Calcutta medical institutions reports 1879-81 [i.e.91]
Year: 1879
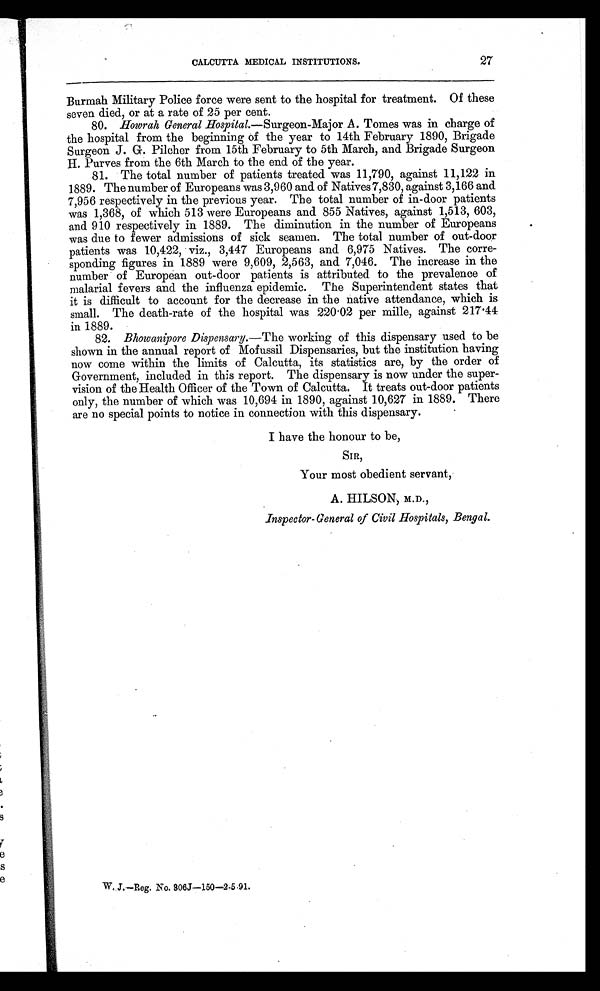
CALCUTTA MEDICAL INSTITUTIONS.
27
Burmah Military Police force were sent to the hospital for treatment. Of these
seven died, or at a rate of 25 per cent.
80. Howrah General Hospital .—Surgeon-Major A. Tomes was in charge of
the hospital from the beginning of the year to 14th February 1890, Brigade
Surgeon J. G. Pilcher from 15th February to 5th March, and Brigade Surgeon
H. Purves from the 6th March to the end of the year.
81. The total number of patients treated was 11,790, against 11,122 in
1889. The number of Europeans was 3,960 and of Natives 7,830, against 3,166 and
7,956 respectively in the previous year. The total number of in-door patients
was 1,368, of which 513 were Europeans and 855 Natives, against 1,513, 603,
and 910 respectively in 1889. The diminution in the number of Europeans
was due to fewer admissions of sick seamen. The total number of out-door
patients was 10,422, viz., 3,447 Europeans and 6,975 Natives. The corre-
sponding figures in 1889 were 9,609, 2,563, and 7,046. The increase in the
number of European out-door patients is attributed to the prevalence of
malarial fevers and the influenza epidemic. The Superintendent states that
it is difficult to account for the decrease in the native attendance, which is
small. The death-rate of the hospital was 220 .02 per mille, against 217.44
in 1889.
82. Bhowanipore Dispensary.—The working of this dispensary used to be
shown in the annual report of Mofussil Dispensaries, but the institution having
now come within the limits of Calcutta, its statistics are, by the order of
Government, included in this report. The dispensary is now under the super-
vision of the Health Officer of the Town of Calcutta. It treats out-door patients
only, the number of which was 10,694 in 1890, against 10,627 in 1889. There
are no special points to notice in connection with this dispensary.
I have the honour to be,
SIR,
Your most obedient servant,
A. HILSON) M.D.,
Inspector-General of Civil Hospitals, Bengal.
W. J.—Reg. No. 306J-150-2.5.91.